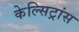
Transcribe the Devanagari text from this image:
केल्सिट्रांस